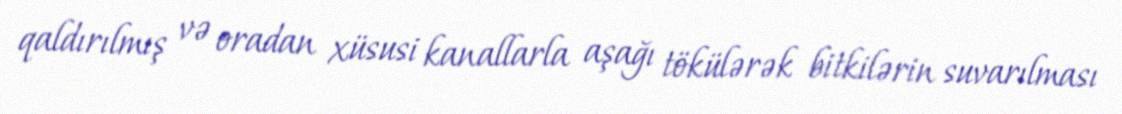
qaldırılmış və oradan xüsusi kanallarla aşağı tökülərək bitkilərin suvarılması